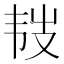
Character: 𩏾